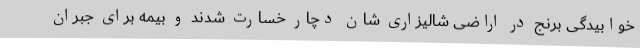
خوابیدگی برنج در اراضی شالیزاری شان دچار خسارت شدند و بیمه برای جبران